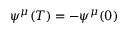
\psi ^ { \mu } ( T ) = - \psi ^ { \mu } ( 0 )